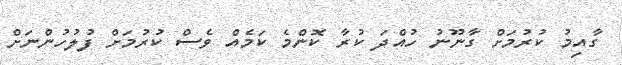
ގާއިމު ކުރުމަށް ގާނޫނު ހުއްދަ ކުރާ ކޮންމެ ކަމެއް ވެސް ކުރުމަށް ފުލުހުންނަށް